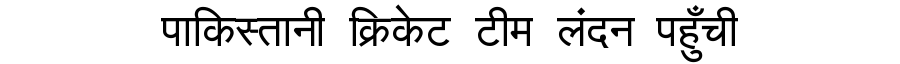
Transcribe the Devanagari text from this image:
पाकिस्तानी क्रिकेट टीम लंदन पहुँची